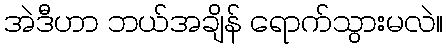
အဲဒီဟာ ဘယ်အချိန် ရောက်သွားမလဲ။